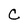
Character: C